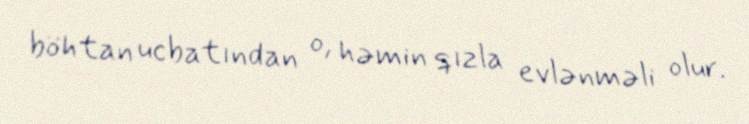
böhtan ucbatından o, həmin qızla evlənməli olur.